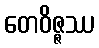
တေဝိဇ္ဇဿ